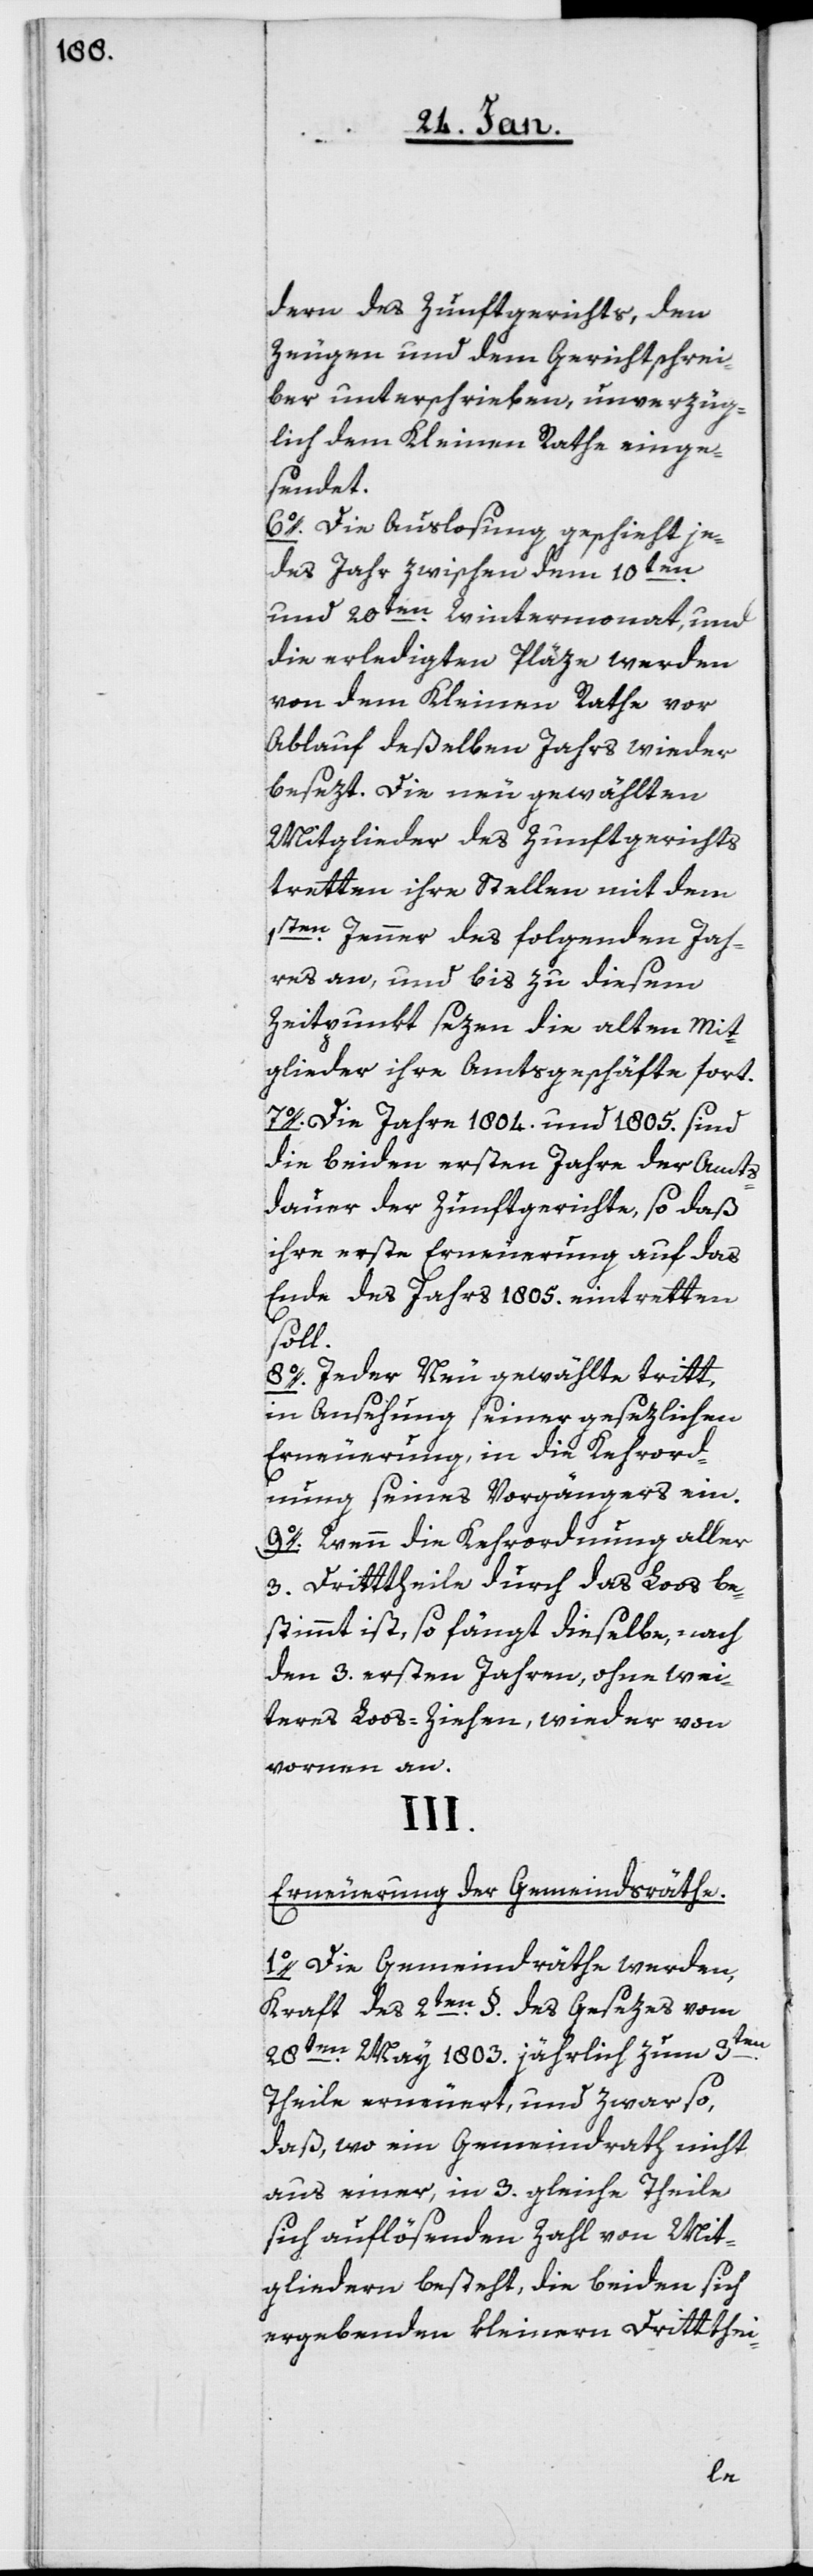
dern des Zunftgerichts, den
Zeugen und dem Gerichtschrei¬
ber unterschrieben, unverzüg¬
lich dem Kleinen Rathe einge¬
sendet.
6o. Die Auslosung geschieht je¬
des Jahr zwischen dem 10ten.
und 20sten. Wintermonat, und
die erledigten Pläze werden
von dem Kleinen Rathe vor
Ablauf deßelben Jahrs wieder
besezt. Die neu gewählten
Mitglieder des Zunftgerichts
tretten ihre Stellen mit dem
1sten. Jenner des folgenden Jah¬
res an, und bis zu diesem
Zeitpunkt sezen die alten Mit¬
glieder ihre Amtsgeschäfte fort.
7o. Die Jahre 1804. und 1805. sind
die beiden ersten Jahre der Amts¬
dauer der Zunftgerichte, so daß
ihre erste Erneuerung auf das
Ende des Jahrs 1805. eintretten
soll.
8o. Jeder Neugewählte tritt,
in Ansehung seiner gesezlichen
Erneuerung, in die Kehrord¬
nung seines Vorgängers ein.
9o. Wenn die Kehrordnung aller
3. Drittheile durch das Loos be¬
stimmt ist, so fängt dieselbe, nach
den 3. ersten Jahren, ohne wei¬
teres Loos-Ziehen, wieder von
vornen an.
III.
Erneuerung der Gemeindsräthe.
1o. Die Gemeindräthe werden,
Kraft des 2ten. §. des Gesezes vom
28sten. May 1803. jährlich zum 3ten.
Theile erneuert, und zwar so,
daß, wo ein Gemeindrath nicht
aus einer, in 3. gleiche Theile
sich auflösenden Zahl von Mit¬
gliedern besteht, die beiden sich
ergebenden kleineren Dritthei-